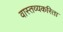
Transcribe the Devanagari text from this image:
वास्तव्यकरिता